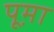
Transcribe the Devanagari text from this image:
पूम़ा